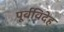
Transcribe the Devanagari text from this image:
पूर्वविदेह